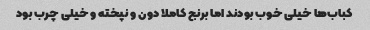
کباب‌ها خیلی خوب‌ بودند اما برنج کاملا دون و نپخته و خیلی چرب بود